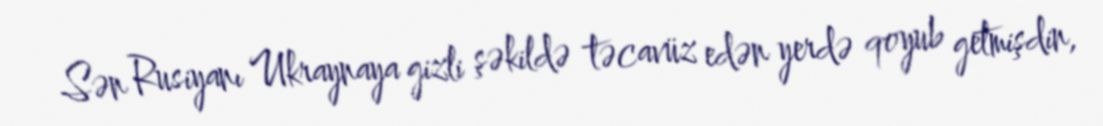
Sən Rusiyanı Ukraynaya gizli şəkildə təcavüz edən yerdə qoyub getmişdin,